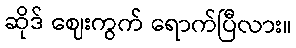
ဆိုဒ် ဈေးကွက် ရောက်ပြီလား။